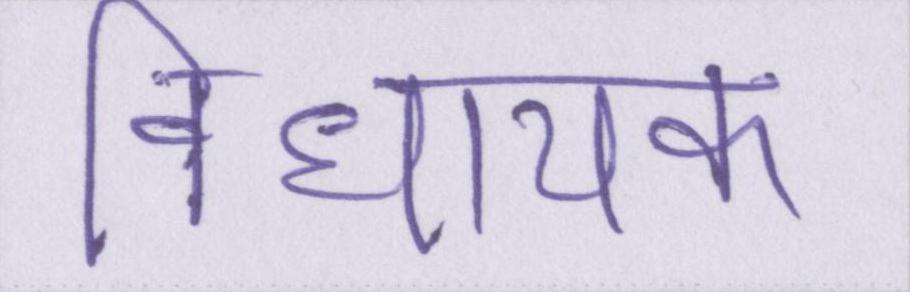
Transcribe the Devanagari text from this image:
विधायक